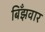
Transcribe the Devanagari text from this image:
बिँझवार